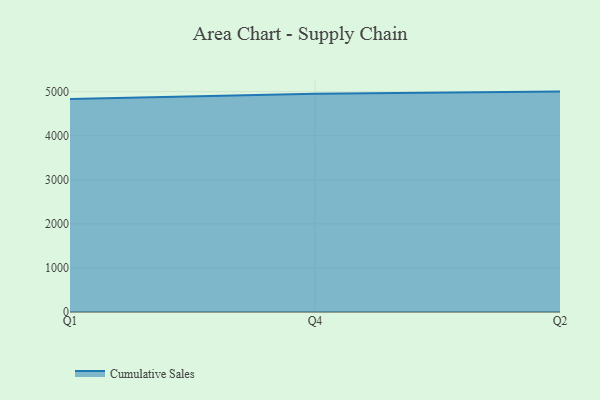
{"axis": {"x": "Quarter", "y": "Churn Rate (%)"}, "legend": ["Cumulative Sales"], "data": [{"x": "Q1", "y": 4830.3, "type": "Cumulative Sales"}, {"x": "Q4", "y": 4953.6, "type": "Cumulative Sales"}, {"x": "Q2", "y": 5000, "type": "Cumulative Sales"}]}